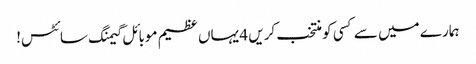
ہمارے میں سے کسی کو منتخب کریں 4 یہاں عظیم موبائل گیمنگ سائٹس!